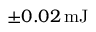
\pm 0 . 0 2 \, \mathrm { m J }